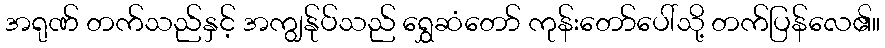
အရုဏ် တက်သည်နှင့် အကျွန်ုပ်သည် ရွှေဆံတော် ကုန်းတော်ပေါ်သို့ တက်ပြန်လေ၏။